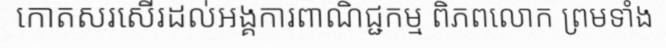
កោតសរសើរដល់អង្គការពាណិជ្ជកម្ម ពិភពលោក ព្រមទាំង